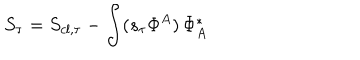
LaTeX: S _ { \tau } = S _ { c l , \tau } - \int ( s _ { \tau } \Phi ^ { A } ) \, \Phi _ { A } ^ { * }